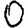
Digit: 0